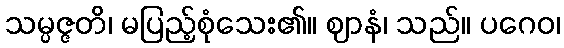
သမ္ပဇ္ဇတိ၊ မပြည့်စုံသေး၏။ ဈာနံ၊ သည်။ ပဂေဝ၊